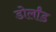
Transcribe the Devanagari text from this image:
डोर्लांड